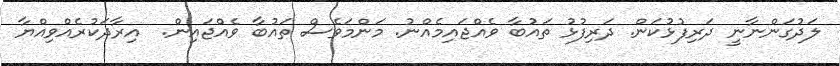
ލަދުގަންނާނީ ދަރިފުޅުކަން. ދަރިފުޅު ތައުބާ ވެއްޖައިމެއްނު. މަންމަވެސް ތައުބާ ވެއްޖައިން.  އިރާދަކުރެއްވިއްޔާ